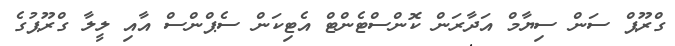
ގްރޫޕް ސަން ސިޔާމް އަދާރަން ކޮންސްޓެންޓް އެޓިކަން ސެޕްންސް އާއި ލީލާ ގްރޫޕުގެ